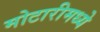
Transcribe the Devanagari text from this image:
मोटारीमध्ये